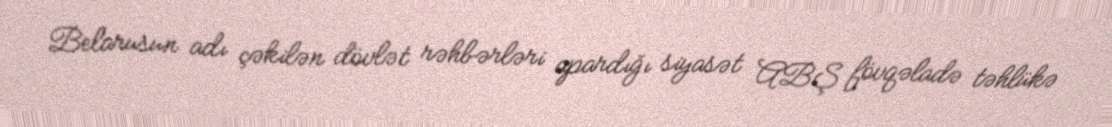
Belarusun adı çəkilən dövlət rəhbərləri apardığı siyasət ABŞ fövqəladə təhlükə